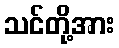
သင်တို့အား